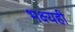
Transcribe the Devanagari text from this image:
भक्ष्यही